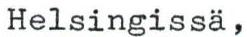
Helsingissä,